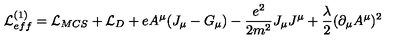
{ \cal L } _ { e f f } ^ { ( 1 ) } = { \cal L } _ { M C S } + { \cal L } _ { D } + e A ^ { \mu } ( J _ { \mu } - G _ { \mu } ) - \frac { e ^ { 2 } } { 2 m ^ { 2 } } J _ { \mu } J ^ { \mu } + \frac \lambda 2 ( \partial _ { \mu } A ^ { \mu } ) ^ { 2 }